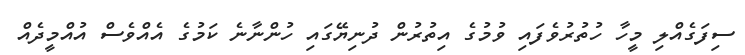
ސިފަގެއްލި މީހާ ހުތުރުވެފައި ވުމުގެ އިތުރުން ދުނިޔޭގައި ހުންނާނެ ކަމުގެ އެއްވެސް އުއްމީދެއް